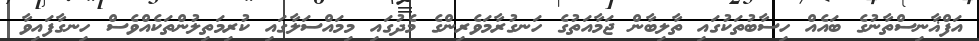
އަފްޣާނިސްތާނުގެ ބައެއް ހިސާބުތަކުގައި ތާލިބާން ޖަމާއަތުގެ ހަނގުރާމަވެރިންގެ މެދުގައި މިމައްސަލާގައި ކުރިމަތިލުންތަކެއްވެސް ހިނގާފައިވާ